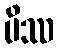
ပိဿ